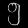
Digit: ၅